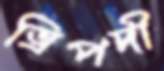
ত্রিপদী